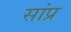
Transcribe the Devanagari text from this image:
सांप्र